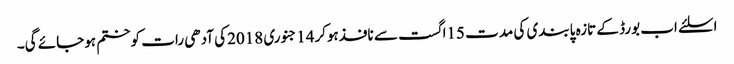
اسلئے اب بورڈ کے تازہ پابندی کی مدت 15اگست سے نافذہوکر14جنوری 2018کی آدھی رات کوختم ہوجائے گی۔